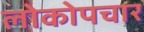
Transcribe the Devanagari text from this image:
लोकोपचार